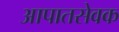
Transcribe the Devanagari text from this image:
आपातसेवक